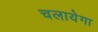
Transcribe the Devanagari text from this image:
चलायेगा